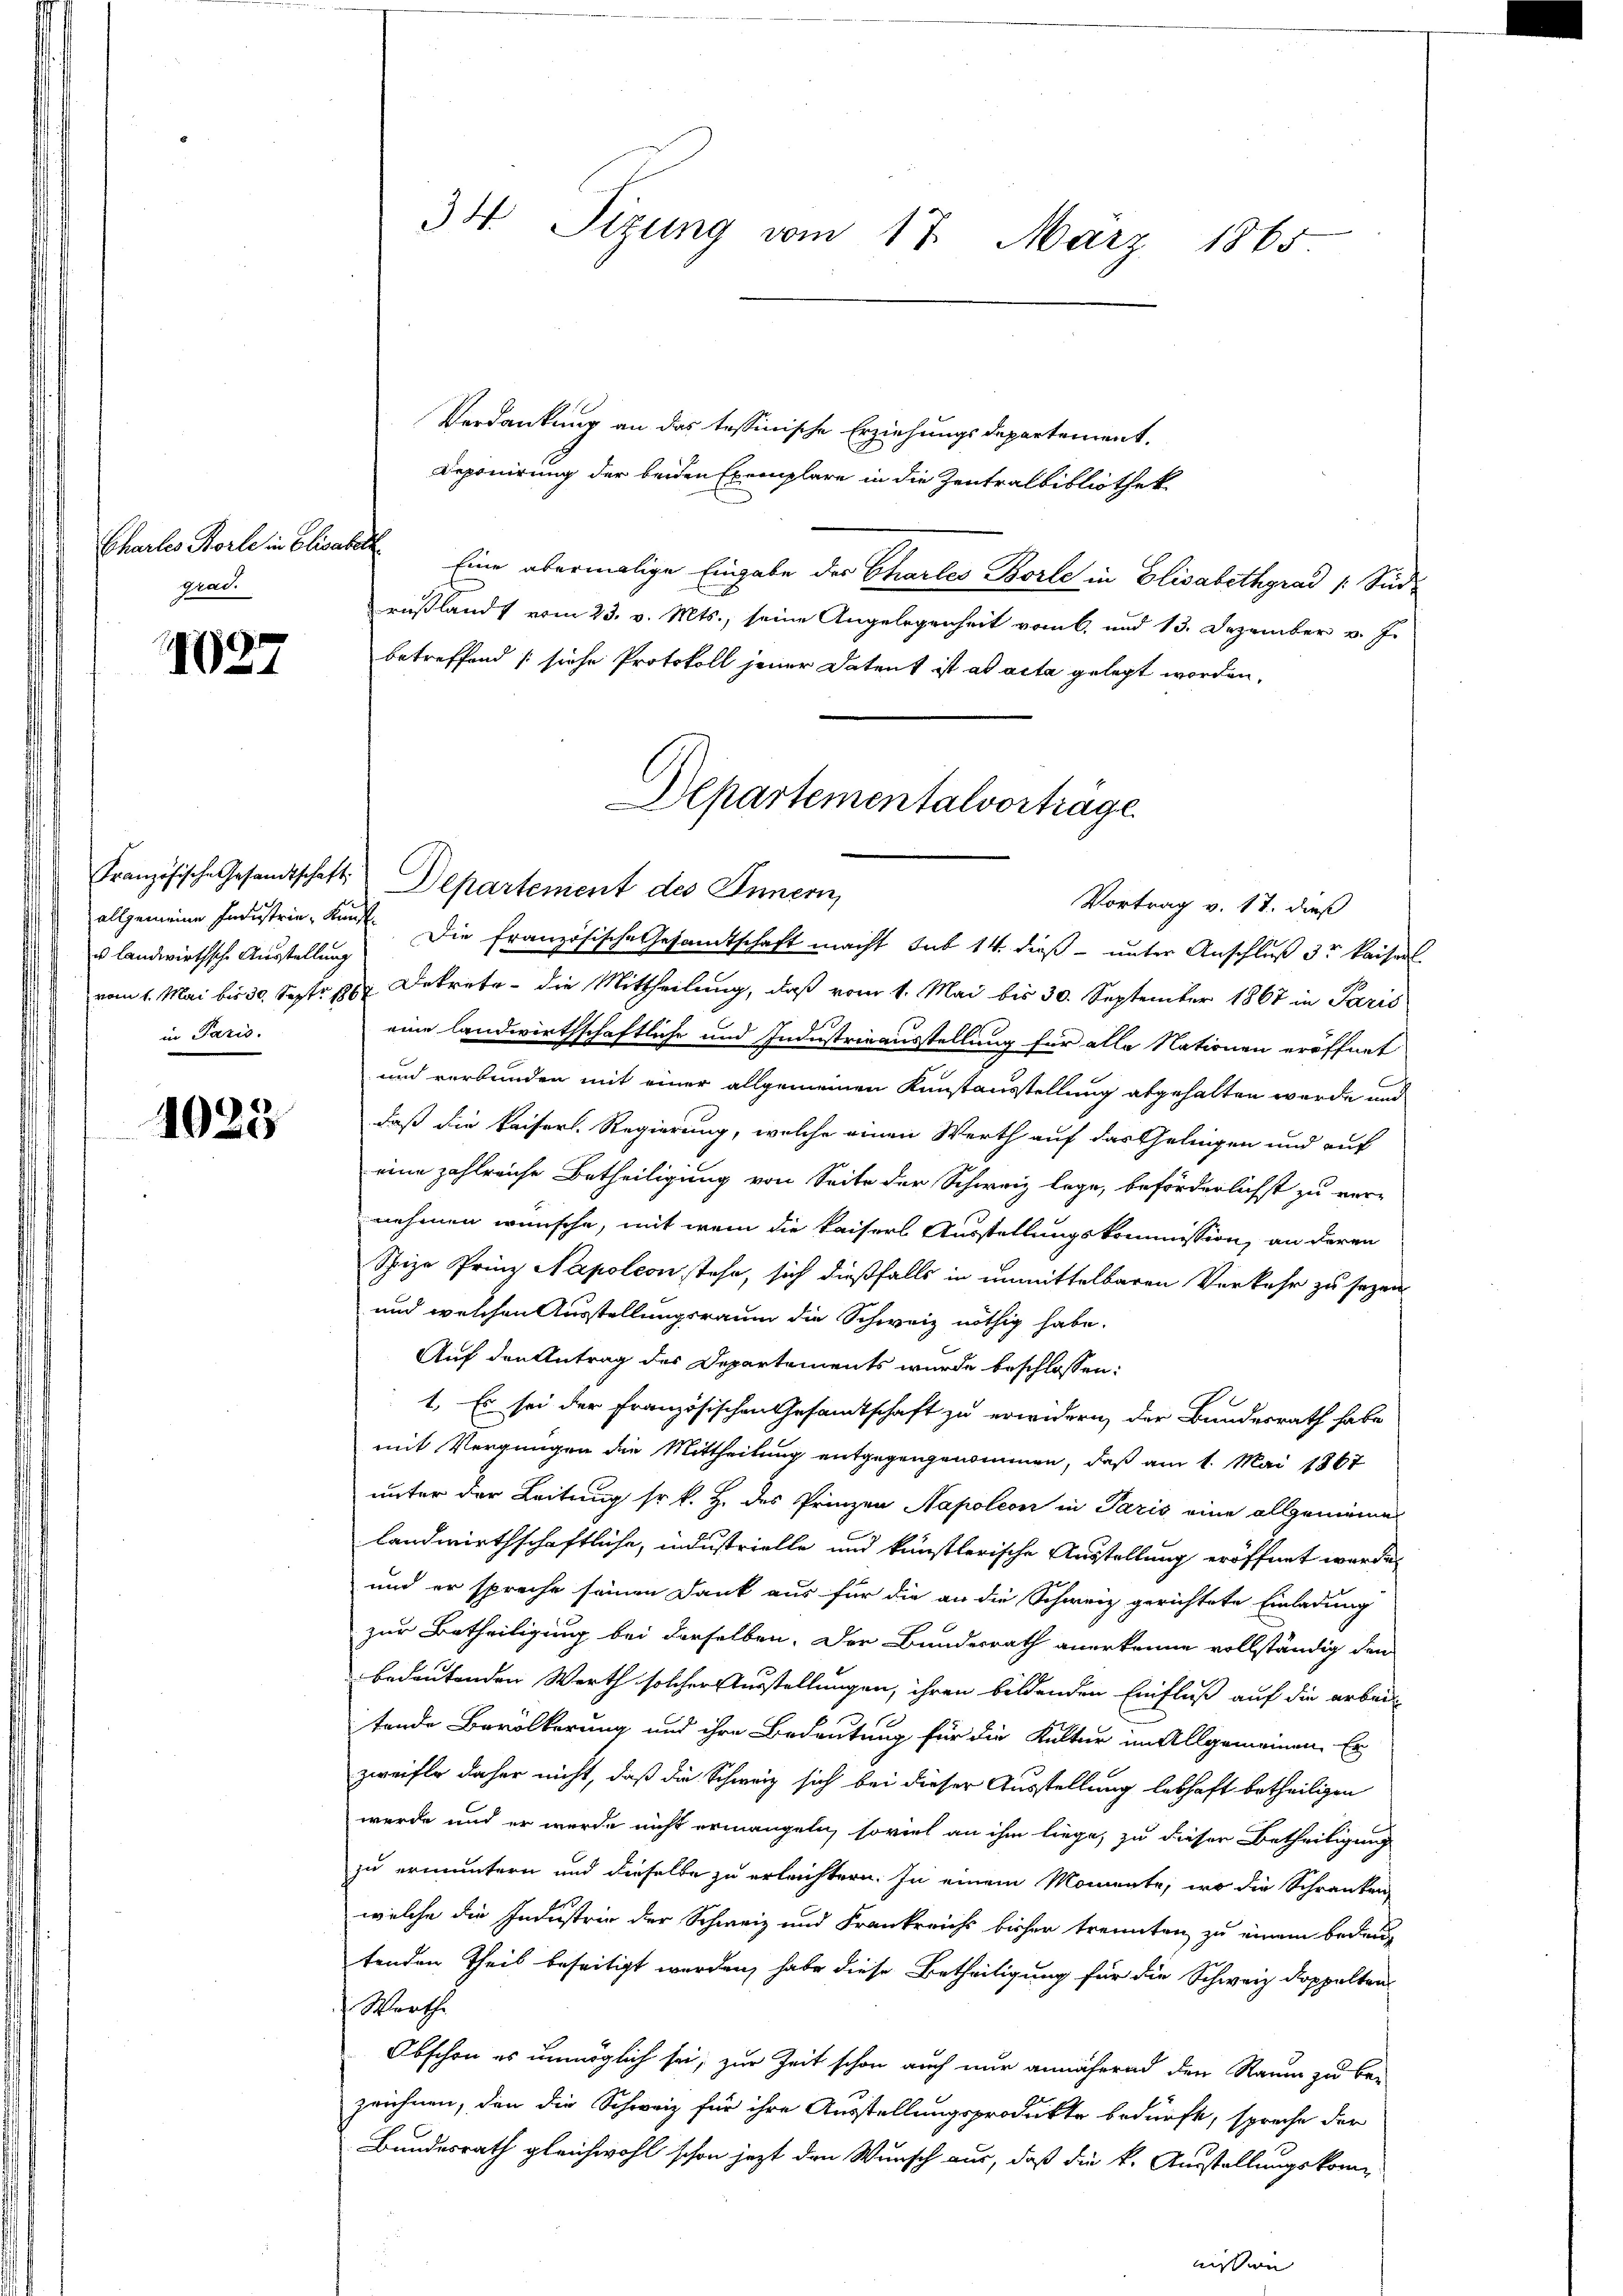
Chartes Torte in Elisabet
grad.

1027

u landwirthsche Ausstellung
in Paris.

1023

Verdankung an das tessinische Erziehungsdepartement.
Deponirung der beiden Exemplare in die Zentralbibliothek
Eine abermalige Eingabe der Charles Borle in Elisabethgrad / Süd-
rußlandt vom 23. v. Mts., seine Angelegenheit vom 6. und 13. Dezember v. J.
betreffend /: siehe Protokoll jener Datent ist ab acta gelegt worden.
vom 1. Mai bis 30. Sept. 1884 Dekrete - die Mittheilung, daß vom 1. Mai bis 30. September 1867 in Paris
eine landwirthschaftliche und Industrieausstellung für alle Nationen eröffnet
und verbunden mit einer allgemeinen Kunstausstellung abgehalten werde und
daß die kaiserl. Regierung, welche einen Werth auf das Gelingen und auf
eine zahlreiche Betheiligung von Seite der Schweiz lege, beförderlichst zu ver-
nehmen wünsche, mit wenn die kaisers Ausstellungskommission, an deren
Spize Prinz Napoleon stehe, sich dießfalls in unmittelbaren Verkehr zu sezen
und welchen Ausstellungsraum die Schweiz nöthig habe.
Auf den Antrag des Departements wurde beschlossen:
1. Es sei der französischen Gesamtschaft zu erwidern, der Bundesrath habe
mit Vergnügen die Mittheilung entgegengenommen, daß am 1. Mai 1867
unter der Leitung sr k. H. des Prinzen Napoleon in Paris eine allgemeine
landwirthschaftliche, industrielle und künstlerische Ausstellung eröffnet werde,
und er spreche seinen Dank aus für die an die Schweiz gerichtete Einladung
zur Betheiligung bei derselben. Der Bundesrath anerkenne vollständig den
bedeutenden Werth solcher Ausstellungen, ihren bildenden Einfluß auf die arbei
tende Bevölkerung und ihre Bedeutung für die Kulter im Allgemeinen Er
zweifle daher nicht, daß die Schweiz sich bei dieser Ausstellung lebhaft betheiligen
werde und er wurde nicht ermangeln, soviel an ihm liege, zu dieser Betheiligung
zu ermuntern und dieselbe zu erleichtern. In einem Momente, wo die Schranken
welche die Industrie der Schweiz und Frankreichs bisher trennten zu einem bedeutenden Theil beseitigt werden, habe diese Betheiligung für die Schweiz doppelten
Worthe
Obschon es unmöglich sei, zur Zeit schon auch nur annähernd den Raum zu be-
zeichnen, den die Schweiz für ihre Ausstellungsprodukte bedürfte, spreche der
Bundesrath gleichwohl schon jezt den Wunsch aus, daß die k. Ausstellungskomnission

34. Sizung vom 17. März 1865

Departementalvorträge
Französische Gesandtschaft Departement des Innern,
Vortrag v. 17. dieß
allgemeine Industrie Kund. Die französische Gesamtschaft macht sub 14. dieß unter Anschluß 3r Kaiserl.